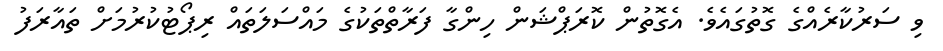
ވި ސަރުކާރެއްގެ ގޮތުގައެވެ. އެގޮތުން ކޮރަޕްޝަން ހިންގާ ފަރާތްތަކުގެ މައްސަލަތައް ރިޕޯޓުކުރުމަށް ތައާރަފު